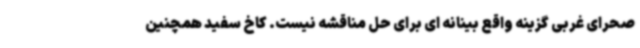
صحرای غربی گزینه واقع بینانه ای برای حل مناقشه نیست. کاخ سفید همچنین